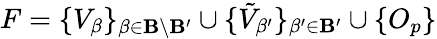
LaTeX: F=\{ V_{\beta}\} _{\beta\in\mathbf{B}\setminus\mathbf{B}^{\prime}}\cup\{ \tilde{{V}}_{\beta^{\prime}}\} _{\beta^{\prime}\in\mathbf{B}^{\prime}}\cup\{ O_{p}\}